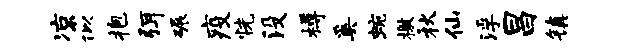
凉似抱弭碾疫恍没樽奚蜿檄秋仙浮昌镇